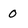
Character: 0